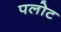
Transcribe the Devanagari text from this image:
पलोट